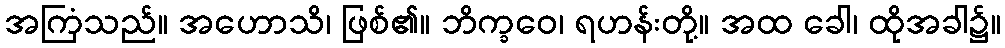
အကြံသည်။ အဟောသိ၊ ဖြစ်၏။ ဘိက္ခဝေ၊ ရဟန်းတို့။ အထ ခေါ၊ ထိုအခါ၌။